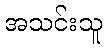
အသင်းသူ